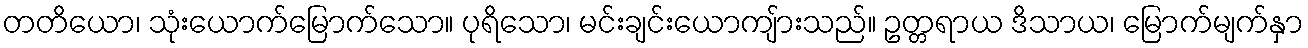
တတိယော၊ သုံးယောက်မြောက်သော။ ပုရိသော၊ မင်းချင်းယောကျ်ားသည်။ ဥတ္တရာယ ဒိသာယ၊ မြောက်မျက်နှာ